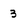
Character: 3